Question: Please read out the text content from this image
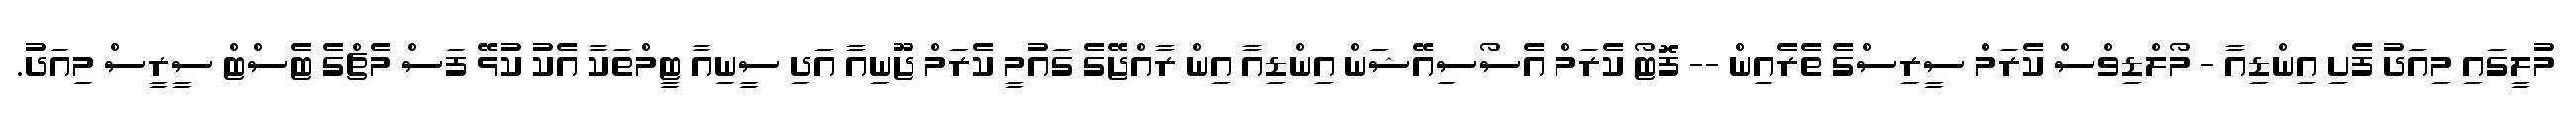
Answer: މުލީގައި މިއަދު ފެށި އިންޑިއާ - މޯލްޑިވްސް ކެރަމް ސީރިސްގެ ތެރެއިން -- ފޮޓޯ ކެރަމް އެސޯސިއޭޝަން އިންޑިއާ އިން ރާއްޖޭގެ ގައުމީ ކެރަމް ޖޫނިއާ އަދި ސީނިއާ ޓީމްތަކާ އެކު ކުޅޭ ފަސް މެޗްގެ ޓެސްޓް ސީރީސް މިއަދު.